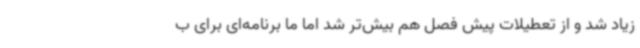
زیاد شد و از تعطیلات پیش فصل هم بیش‌تر شد اما ما برنامه‌ای برای ب